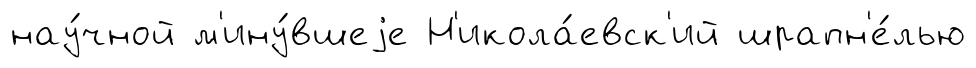
нау́чной м'ину́вшеjе Н'икола́евск'ий шрапн'е́лью